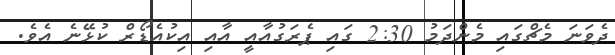
ދެވަނަ މެޗްގައި މެންދަމު 2:30 ގައި ޕެރަގުއާއީ އާއި އިކުއެޑޯރް ކުޅޭނެ އެވެ.